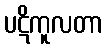
ပဋိကူလတာ